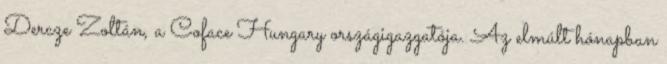
Dercze Zoltán, a Coface Hungary országigazgatója. Az elmúlt hónapban